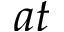
a t